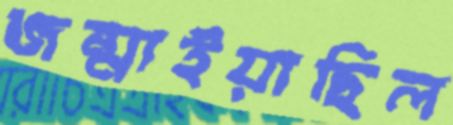
জন্মাইয়াছিল